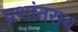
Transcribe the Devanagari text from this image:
प्रशांतराव